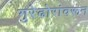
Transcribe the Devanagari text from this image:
गुरेढोरांवरून